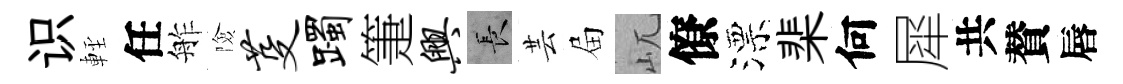
识䡖任舴險芟躅箑兴长芸屇屼僚漂棐何犀共賛唇